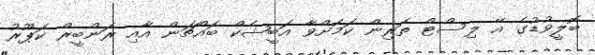
ބޮލީވުޑުގެ އޭ ލިސްޓް ތަރިން ކަމަށްވާ އަބީޝެކް ބައްޗަން އާއި ރަންބީރް ކަޕޫރު